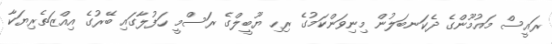
ރައީސް މައުމޫންގެ ދެކަނބަލުން މިނިވަންކަމުގެ ރިހި ޔޫބީލްގެ ރަސްމީ ހަފުލާގައި ބޭރުގެ އިއްޒަތެރިޔަކާ